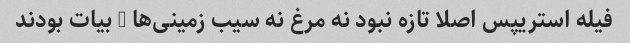
فیله استریپس اصلا تازه نبود نه مرغ نه سیب زمینی‌ها … بیات بودند